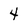
Character: 4